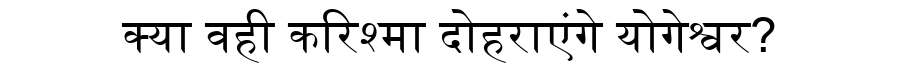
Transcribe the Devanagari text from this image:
क्या वही करिश्मा दोहराएंगे योगेश्वर?